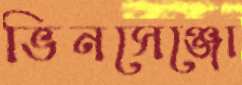
ভিনসেঞ্জো